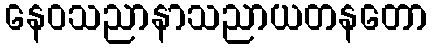
နေဝသညာနာသညာယတနတော